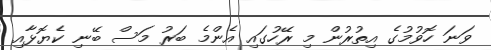
ވަނަ ހޮވުމުގެ އިތުރުން މި ރޭހުގައި އެންމެ ބަރު މަސް ބޭނި ކެޔޮޅާއި